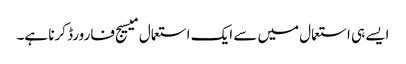
ایسے ہی استعمال میں سے ایک استعمال میسیج فارورڈ کرنا ہے۔